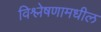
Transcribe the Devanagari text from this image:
विश्लेषणामधील